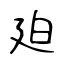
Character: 廹